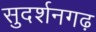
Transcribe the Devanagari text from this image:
सुदर्शनगढ़